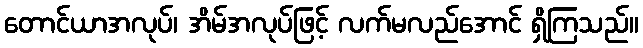
တောင်ယာအလုပ်၊ အိမ်အလုပ်ဖြင့် လက်မလည်အောင် ရှိကြသည်။